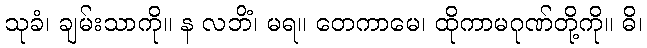
သုခံ၊ ချမ်းသာကို။ န လဘိံ၊ မရ။ တေကာမေ၊ ထိုကာမဂုဏ်တို့ကို။ ဓိ၊